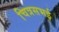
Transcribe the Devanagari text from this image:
चित्रसभई